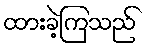
ထားခဲ့ကြသည်